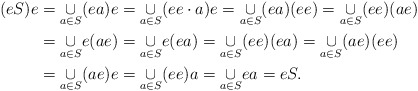
\begin{align*}(eS)e & =\underset{a\in S}{\cup}(ea)e=\underset{a\in S}{\cup}(ee\cdot a)e=\underset{a\in S}{\cup}(ea)(ee)=\underset{a\in S}{\cup}(ee)(ae)\\ & =\underset{a\in S}{\cup}e(ae)=\underset{a\in S}{\cup}e(ea)=\underset{a\in S}{\cup}(ee)(ea)=\underset{a\in S}{\cup}(ae)(ee)\\ & =\underset{a\in S}{\cup}(ae)e=\underset{a\in S}{\cup}(ee)a=\underset{a\in S}{\cup}ea=eS.\end{align*}